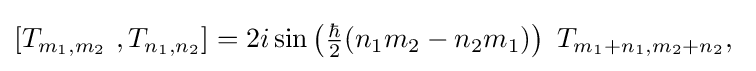
[T_{m_{1},m_{2}}~,T_{n_{1},n_{2}}]=2i\sin \left({\tfrac {\hbar }{2}}(n_{1}m_{2}-n_{2}m_{1})\right)~T_{m_{1}+n_{1},m_{2}+n_{2}},~